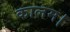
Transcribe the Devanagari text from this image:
कालम।